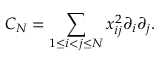
{ \cal C } _ { N } = \sum _ { 1 \leq i < j \leq N } x _ { i j } ^ { 2 } \partial _ { i } \partial _ { j } .